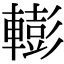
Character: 𨎧